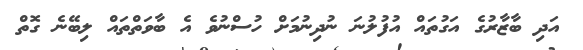
އަދި ބާޒާރުގެ އަގުތައް އުފުލުނަ ނުދިނުމަށް ހުސްނުވެ އެ ބާވަތްތައް ލިބޭނެ ގޮތް